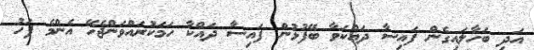
އަދި ބަހާލައިގެން ފައިސާ ދައްކަވާ ބޭފުޅުން ފައިސާ ދައްކާ ހަމަކުރައްވަންޖެހޭ އެންމެ ފަހު